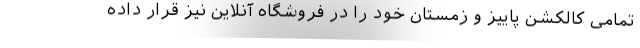
تمامی کالکشن پاییز و زمستان خود را در فروشگاه آنلاین نیز قرار داده